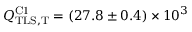
Q _ { \mathrm { T L S , T } } ^ { \mathrm { C 1 } } = ( 2 7 . 8 \pm 0 . 4 ) \times 1 0 ^ { 3 }